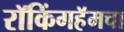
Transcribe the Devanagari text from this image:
रॉकिंगहॅमचा